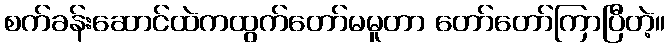
စက်ခန်းဆောင်ထဲကထွက်တော်မမူတာ တော်တော်ကြာပြီတဲ့။